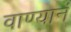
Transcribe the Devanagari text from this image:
वाण्यानं